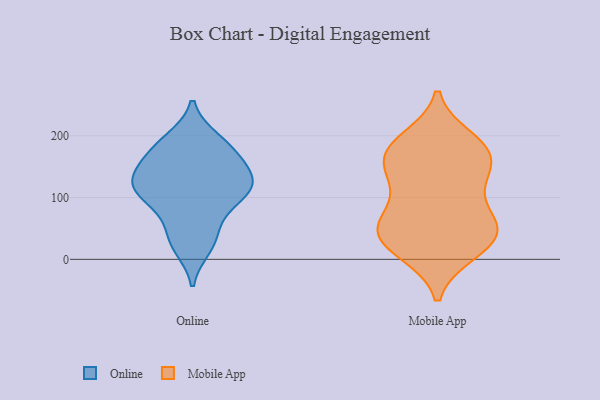
{"axis": {"x": "Market Share (%)", "y": "Value"}, "legend": ["Mobile App", "Online"], "data": [{"x": "", "y": 170, "type": "Online"}, {"x": "", "y": 59, "type": "Online"}, {"x": "", "y": 19, "type": "Online"}, {"x": "", "y": 123, "type": "Online"}, {"x": "", "y": 108, "type": "Online"}, {"x": "", "y": 94, "type": "Online"}, {"x": "", "y": 194, "type": "Online"}, {"x": "", "y": 161, "type": "Online"}, {"x": "", "y": 142, "type": "Online"}, {"x": "", "y": 188, "type": "Online"}, {"x": "", "y": 133, "type": "Online"}, {"x": "", "y": 32, "type": "Online"}, {"x": "", "y": 117, "type": "Online"}, {"x": "", "y": 108, "type": "Online"}, {"x": "", "y": 53, "type": "Mobile App"}, {"x": "", "y": 123, "type": "Mobile App"}, {"x": "", "y": 173, "type": "Mobile App"}, {"x": "", "y": 71, "type": "Mobile App"}, {"x": "", "y": 11, "type": "Mobile App"}, {"x": "", "y": 52, "type": "Mobile App"}, {"x": "", "y": 119, "type": "Mobile App"}, {"x": "", "y": 25, "type": "Mobile App"}, {"x": "", "y": 194, "type": "Mobile App"}, {"x": "", "y": 134, "type": "Mobile App"}, {"x": "", "y": 182, "type": "Mobile App"}, {"x": "", "y": 42, "type": "Mobile App"}, {"x": "", "y": 164, "type": "Mobile App"}, {"x": "", "y": 56, "type": "Mobile App"}, {"x": "", "y": 48, "type": "Mobile App"}, {"x": "", "y": 159, "type": "Mobile App"}, {"x": "", "y": 11, "type": "Mobile App"}, {"x": "", "y": 183, "type": "Mobile App"}]}